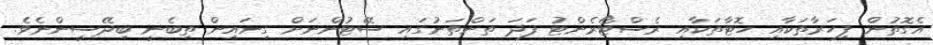
އެގޮތުން ފިހަރާތަކާއި ހޮޓާތަކާއި ރެސްޓޯރެންޓު ފަދަ ތަންތަނުގައި ސޭޓުންނަށް ގިނައިން ތިބެނީ ބިދޭސީންނެވެ.